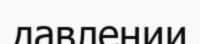
давлении